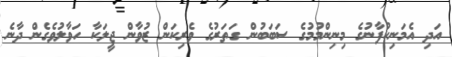
އަދި އެމަނިކުފާނުގެ މިނިންމުމުގެ ސަބަބުން ގަތަރުގެ ވެރިކަން ޒުވާން ޖީލަކާ ހަވާލުވެގެން ދާނެ